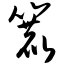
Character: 簏